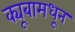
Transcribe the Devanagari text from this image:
क्यूबामधून